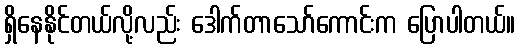
ရှိနေနိုင်တယ်လို့လည်း ဒေါက်တာသော်ကောင်းက ပြောပါတယ်။